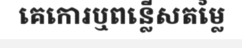
គេកោរឬពន្លើសតម្លៃ